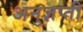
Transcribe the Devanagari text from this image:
अनुज्ञप्ती